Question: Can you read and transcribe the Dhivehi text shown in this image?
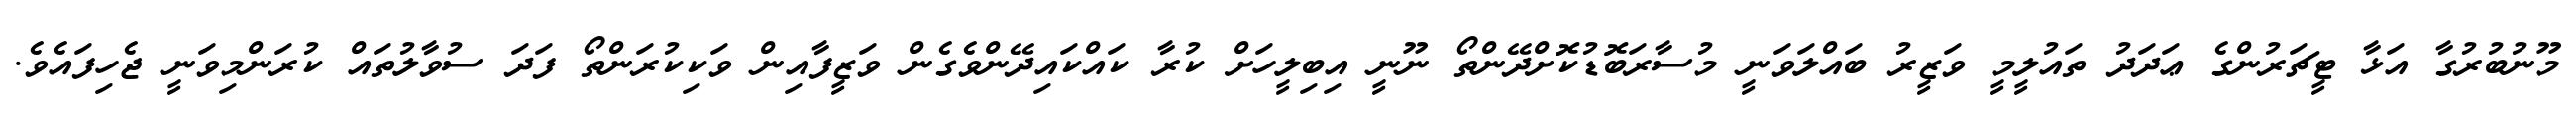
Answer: މޫނުބުރުގާ އަޅާ ޓީޗަރުންގެ ޢަދަދު ތައުލީމީ ވަޒީރު ބައްލަވަނީ މުސާރަބޮޑުކޮށްދޭންތޯ ނޫނީ އިބިލީހަށް ކުރާ ކައްކައިދޭންވެގެން ވަޒީފާއިން ވަކިކުރަންތޯ ފަދަ ސުވާލުތައް ކުރަންމިވަނީ ޖެހިފައެވެ.